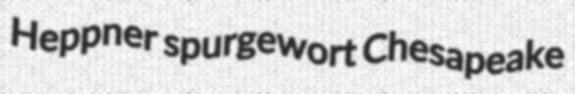
Heppner spurgewort Chesapeake